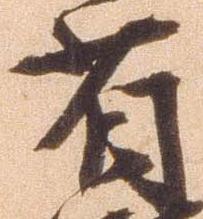
省